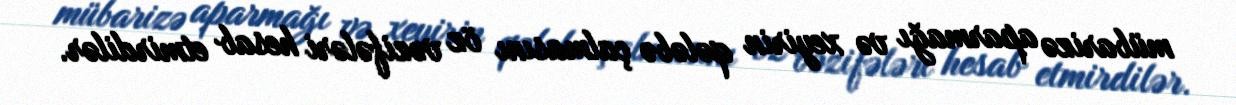
mübarizə aparmağı və xeyirin qələbə çalmasını öz vəzifələri hesab etmirdilər.